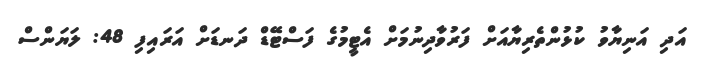
އަދި އަނިޔާވު ކުޅުންތެރިޔާއަށް ފަރުވާދިނުމަށް އެޓީމުގެ ފަސްޓޭޑް ދަނޑަށް އަރައިފި 48: ލަޔަންސް